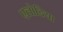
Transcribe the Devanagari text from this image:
एलोडिया